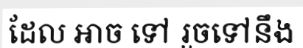
ដែល អាច ទៅ រួចទៅនឹង